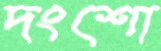
দংশো